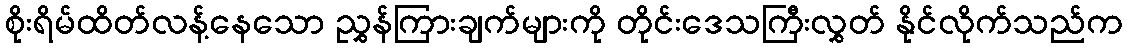
စိုးရိမ်ထိတ်လန့်နေသော ညွှန်ကြားချက်များကို တိုင်းဒေသကြီးလွှတ် နိုင်လိုက်သည်က